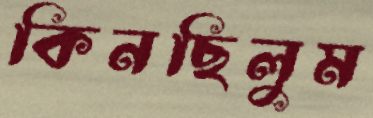
কিনছিলুম